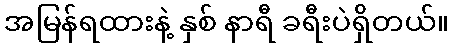
အမြန်ရထားနဲ့ နှစ် နာရီ ခရီးပဲရှိတယ်။